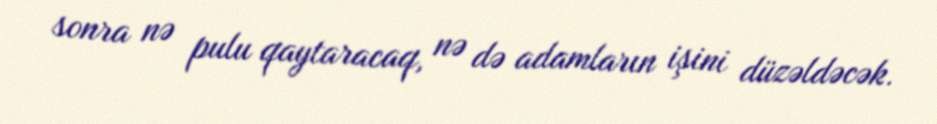
sonra nə pulu qaytaracaq, nə də adamların işini düzəldəcək.